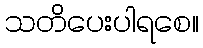
သတိပေးပါရစေ။